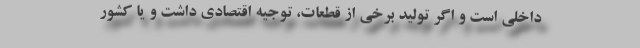
داخلي است و اگر توليد برخي از قطعات، توجيه اقتصادي داشت و يا كشور